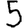
Digit: 5